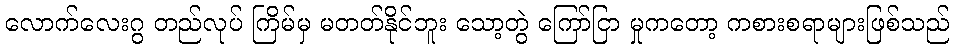
လောက်လေးဂွ တည်လုပ် ကြိမ်မှ မတတ်နိုင်ဘူး သော့တွဲ ကြော်ငြာ မှုကတော့ ကစားစရာများဖြစ်သည်